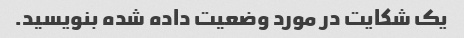
یک شکایت در مورد وضعیت داده شده بنویسید.